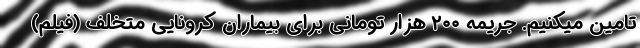
تامین میکنیم. جریمه ۲۰۰ هزار تومانی برای بیماران کرونایی متخلف (فیلم)